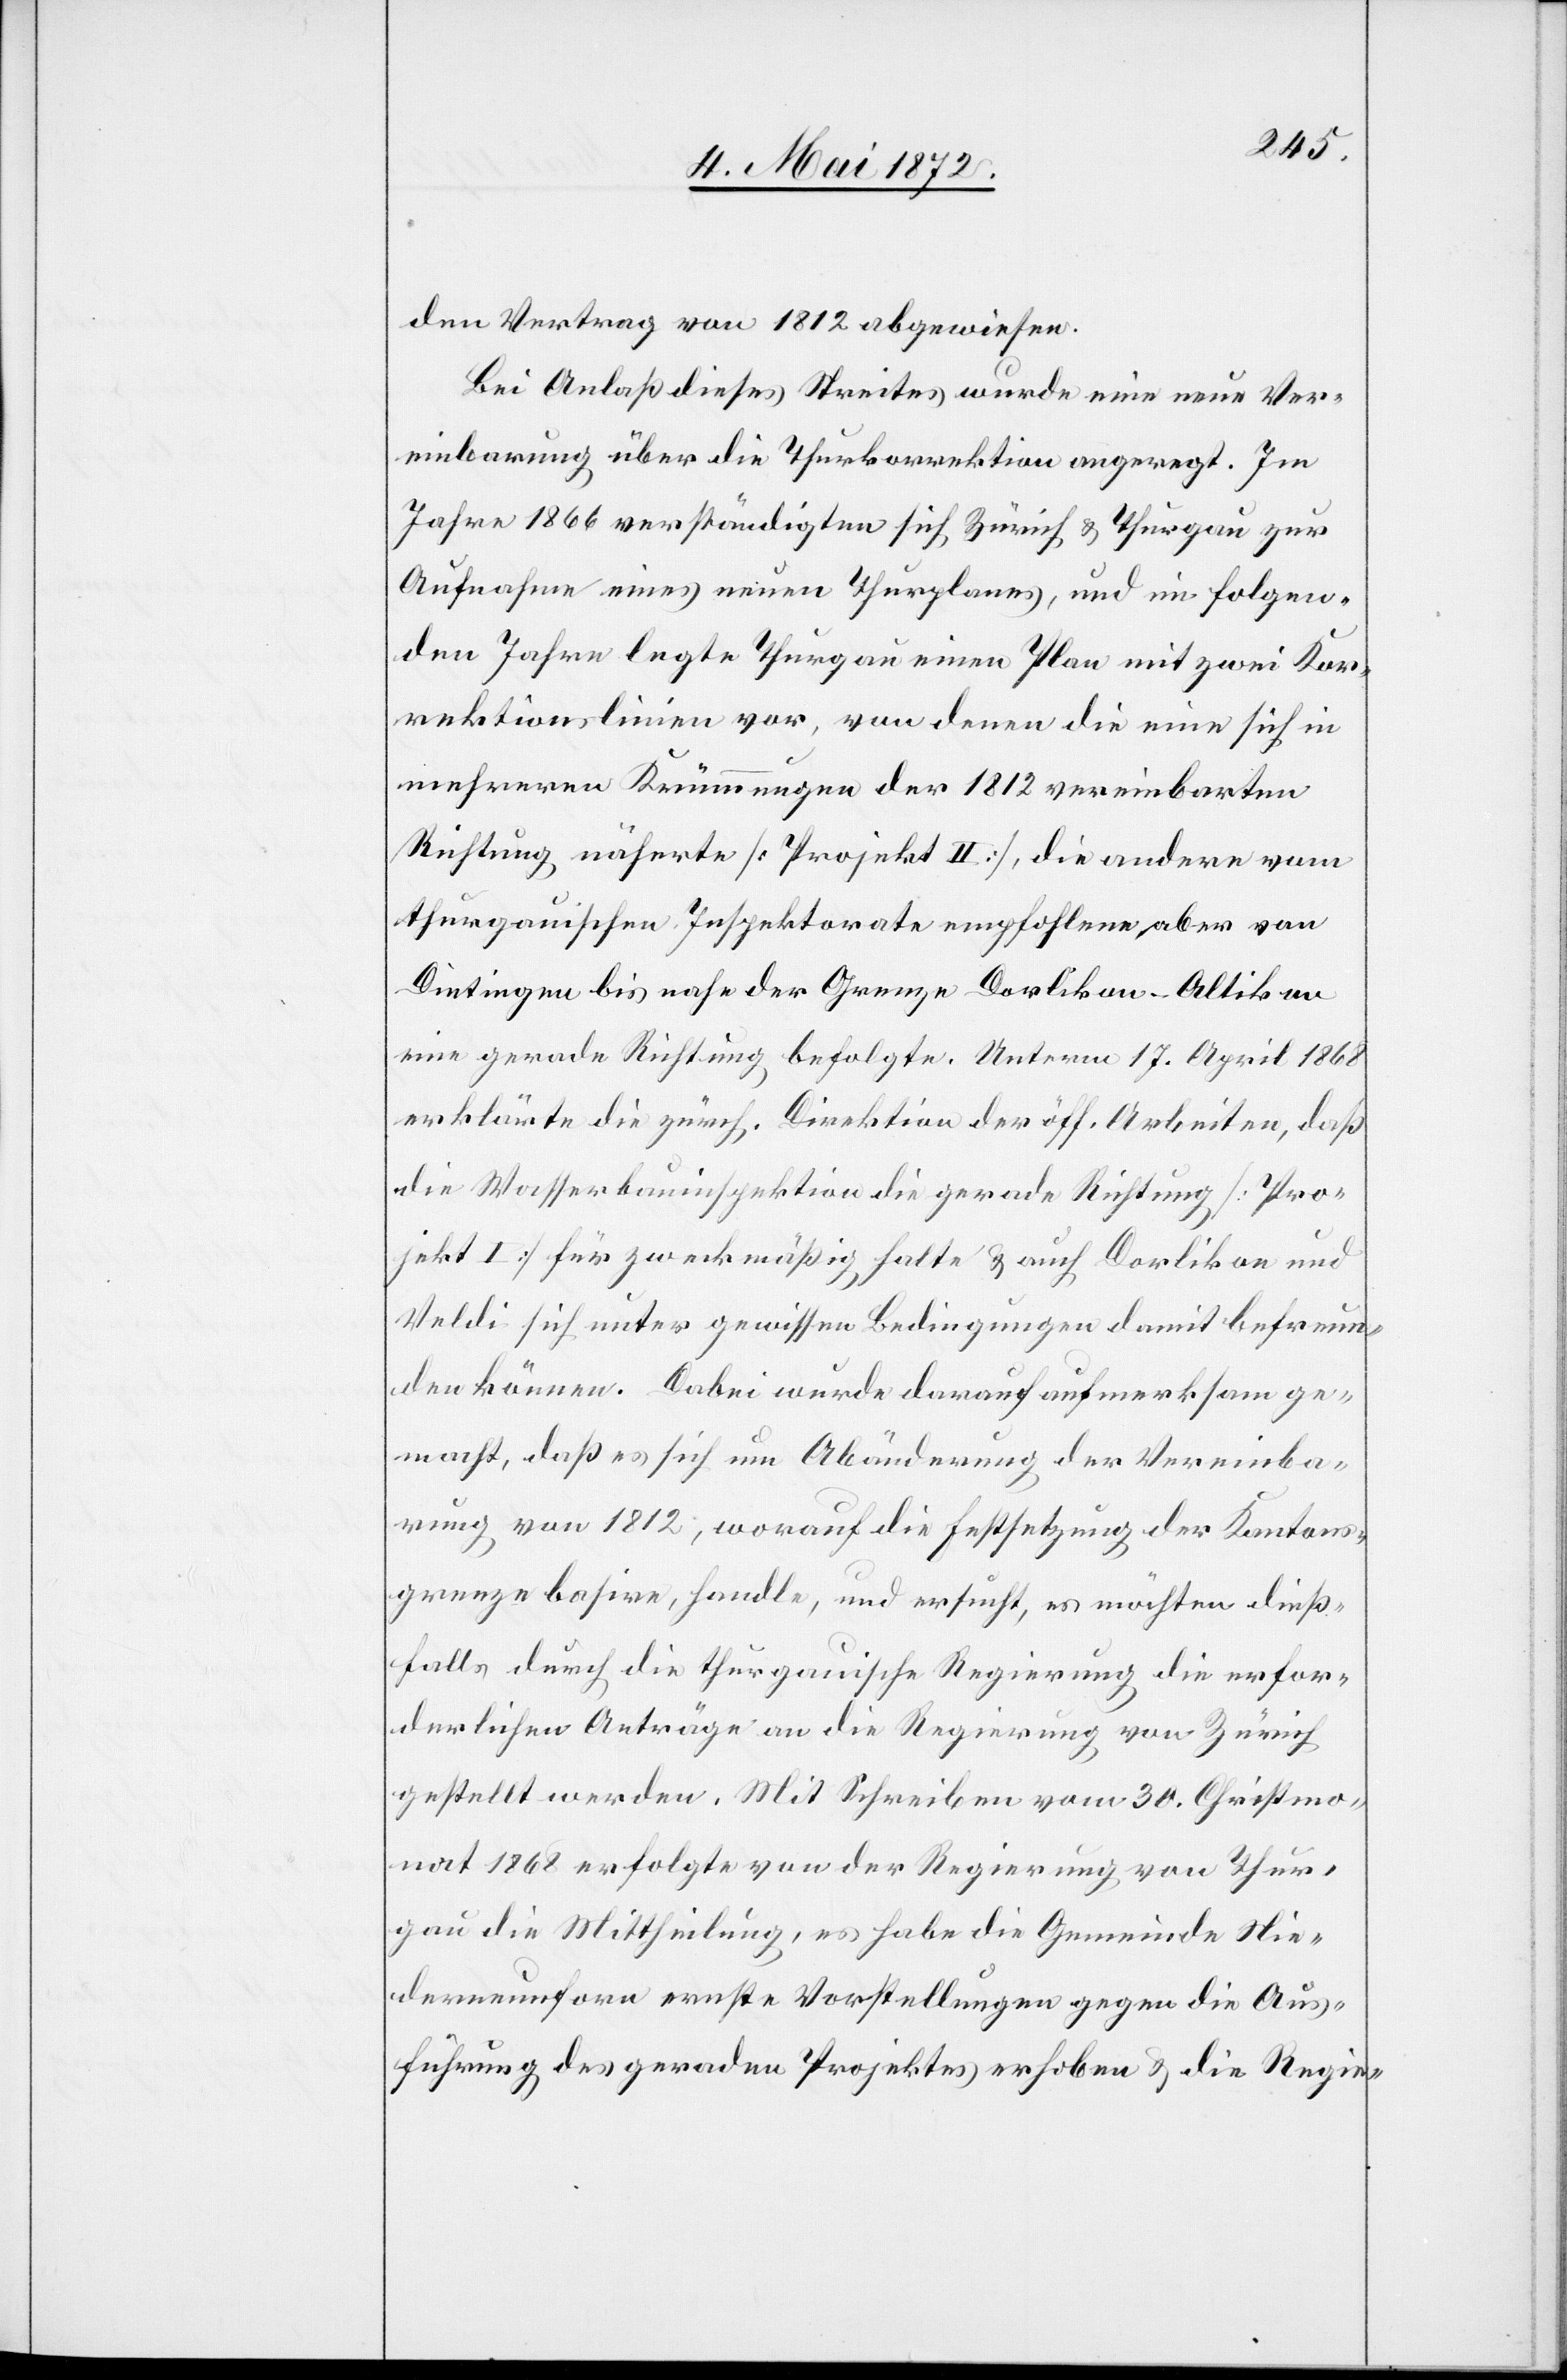
den Vertrag von 1812 abgewiesen.
Bei Anlaß dieses Streites wurde eine neue Ver¬
einbarung über die Thurkorrektion angeregt. Im
Jahre 1866 verständigten sich Zürich u. Thurgau zur
Aufnahme eines neuen Thurplanes, und im folgen¬
den Jahre legte Thurgau einen Plan mit zwei Kor¬
rektionslinien vor, von denen die eine sich in
mehreren Krümmungen der 1812 vereinbarten
Richtung näherte [Projekt II], die andere vom
thurgauischen Inspektorate empfohlen, aber von
Dietingen bis nahe der Grenze Dorlikon-Altikon
eine gerade Richtung befolgte. Unterm 17. April 1868
erklärte die zürch. Direktion der öff. Arbeiten, daß
die Wasserbauinspektion die gerade Richtung [Pro¬
jekt I] für zweckmäßig halte u. auch Dorlikon und
Veldi sich unter gewissen Bedingungen damit befreun¬
den können. Dabei wurde darauf aufmerksam ge¬
macht, daß es sich um Abänderung der Vereinba¬
rung von 1812, worauf die Festsetzung der Kantons¬
grenze basire, handle, und ersucht, es möchten dieß¬
falls durch die thurgauische Regierung die erfor¬
derlichen Anträge an die Regierung von Zürich
gestellt werden. Mit Schreiben vom 30. Christmo¬
nat 1868 erfolgte von der Regierung von Thur¬
gau die Mittheilung, es habe die Gemeinde Nie¬
derneunforn ernste Vorstellungen gegen die Aus¬
führung des geraden Projektes erhoben u. die Regie-